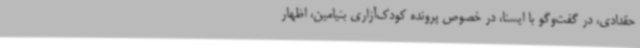
حقدادی، در گفت‌وگو با ایسنا، در خصوص پرونده کودک‌آزاری بنیامین، اظهار